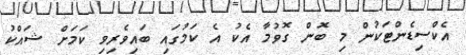
އެކްސިޑެންޓަކުން މި ބޮން ގޮވުމާ އެކު އެ ކަމުގައި ބައިވެރިވި ކަމަށް ޝައްކު